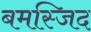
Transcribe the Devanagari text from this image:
बमस्जिद